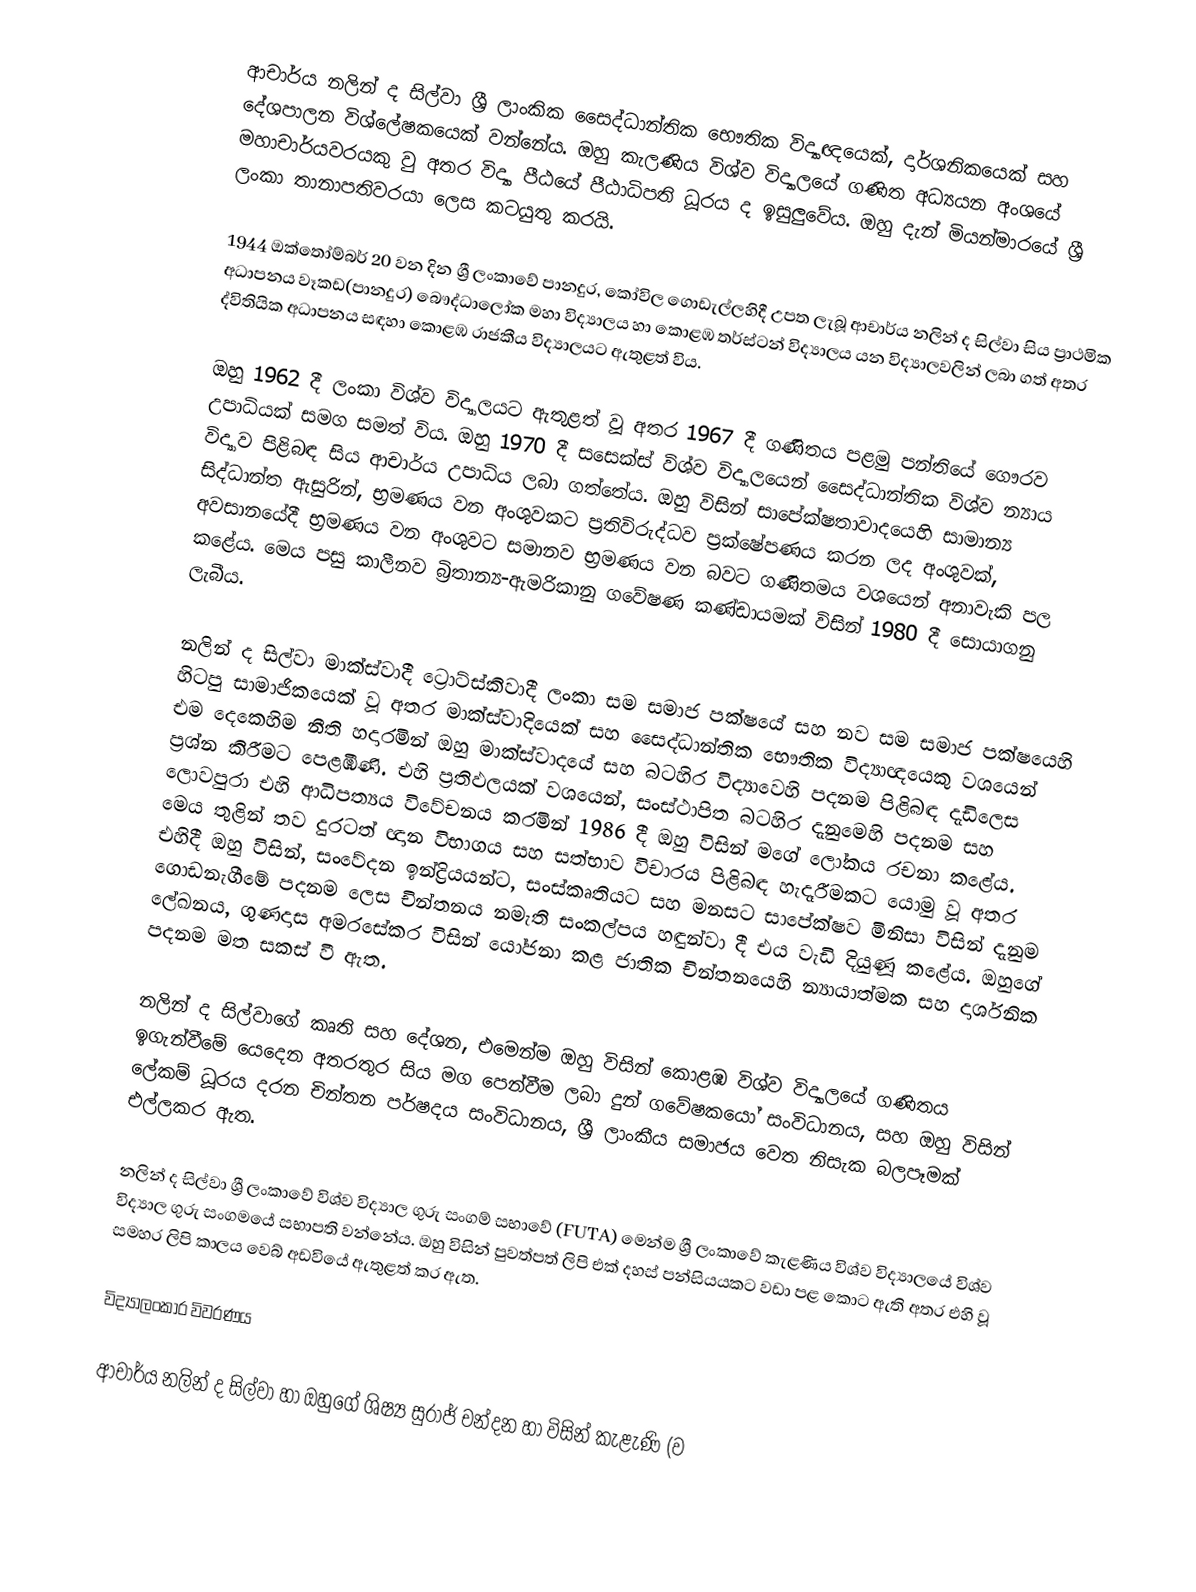
ආචාර්ය නලින් ද සිල්වා ශ්‍රී ලාංකික සෛද්ධාන්තික භෞතික විද්‍යාඥයෙක්, දාර්ශනිකයෙක් සහ දේශපාලන විශ්ලේෂකයෙක් වන්නේය. ඔහු කැලණිය විශ්ව විද්‍යාලයේ ගණිත අධ්‍යයන අංශයේ මහාචාර්යවරයකු වු අතර විද්‍යා පීඨයේ පීඨාධිපති ධූරය ද ඉසුලුවේය. ඔහු දැන් මියන්මාරයේ ශ්‍රී ලංකා තානාපතිවරයා ලෙස කටයුතු කරයි.

1944 ඔක්තෝම්බර් 20 වන දින ශ්‍රී ලංකාවේ පානදුර, කෝවිල ගොඩැල්ලහිදී උපත ලැබූ ආචාර්ය නලින් ද සිල්වා සිය ප්‍රාථමික අධාපනය වෑකඩ(පානදුර) බෞද්ධාලෝක මහා විද්‍යාලය හා කොළඹ තර්ස්ටන් විද්‍යාලය යන විද්‍යාලවලින් ලබා ගත් අතර ද්විතියික අධාපනය සඳහා කොළඹ රාජකීය විද්‍යාලයට ඇතුළත් විය.

ඔහු 1962 දී ලංකා විශ්ව විද්‍යාලයට ඇතුළත් වූ අතර 1967 දී ගණිතය පළමු පන්තියේ ‍ගෞරව උපාධියක් සමග සමත් විය. ඔහු 1970 දී සසෙක්ස් විශ්ව විද්‍යාලයෙන් සෛද්ධාන්තික විශ්ව න්‍යාය  විද්‍යාව පිළිබඳ සිය ආචාර්ය උපාධිය ලබා ගත්තේය. ඔහු විසින් සාපේක්ෂතාවාදයෙහි සාමාන්‍ය සිද්ධාන්ත ඇසුරින්, භ්‍රමණය වන අංශුවකට ප්‍රතිවිරුද්ධව ප්‍රක්ෂේපණය කරන ලද අංශුවක්, අවසානයේදී භ්‍රමණය වන අංශුවට සමානව භ්‍රමණය වන බවට ගණිතමය වශයෙන් අනාවැකි පල කළේය. මෙය පසු කාලීනව බ්‍රිතාන්‍ය-ඇමරිකානු ගවේෂණ කණ්ඩායමක් විසින් 1980 දී සොයාගනු ලැබීය.

නලින් ද සිල්වා මාක්ස්වාදී ට්‍රොට්ස්කිවාදී ලංකා සම සමාජ පක්ෂයේ සහ නව සම සමාජ පක්ෂයෙහි හිටපු සාමාජිකයෙක් වූ අතර මාක්ස්වාදියෙක් සහ සෛද්ධාන්තික භෞතික විද්‍යාඥයෙකු වශයෙන් එම දෙකෙහිම නීති හදාරමින් ඔහු මාක්ස්වාදයේ සහ බටහිර විද්‍යාවෙහි පදනම පිළිබඳ දැඩිලෙස ප්‍රශ්න කිරීමට පෙළඹිණි. එහි ප්‍රතිඵලයක් වශයෙන්, සංස්ථාපිත බටහිර දැනුමෙහි පදනම සහ ලොවපුරා එහි ආධිපත්‍යය විවේචනය කරමින් 1986 දී ඔහු විසින් මගේ ලෝකය රචනා කළේය. මෙය තුළින්  තව දුරටත් ඥාන විභාගය සහ සත්භාව විචාරය පිළිබඳ හැදෑරීමකට යොමු වූ අතර එහිදී ඔහු විසින්, සංවේදන ඉන්ද්‍රියයන්ට, සංස්කෘතියට සහ මනසට සාපේක්ෂව මිනිසා විසින් දැනුම ගොඩනැගීමේ පදනම ලෙස චින්තනය නමැති සංකල්පය හඳුන්වා දී එය වැඩි දියුණූ කළේය. ඔහුගේ ලේඛනය, ගුණදාස අමරසේකර විසින් යෝජනා කළ ජාතික චින්තනයෙහි න්‍යායාත්මක සහ දාර්ශනික පදනම මත සකස් වී ඇත.

නලින් ද සිල්වාගේ කෘති සහ දේශන, එමෙන්ම ඔහු විසින් කොළඹ විශ්ව විද්‍යාලයේ ගණිතය ඉගැන්වීමේ යෙදෙන අතරතුර සිය මග පෙන්වීම ලබා දුන් ගවේෂකයෝ සංවිධානය, සහ ඔහු විසින් ලේකම් ධූරය දරන චින්තන පර්ෂදය සංවිධානය, ශ්‍රී ලාංකීය සමාජය වෙත නිසැක බලපෑමක් එල්ලකර ඇත.

නලින් ද සිල්වා ශ්‍රී ලංකාවේ විශ්ව විද්‍යාල ගුරු සංගම් සභාවේ (FUTA) මෙන්ම ශ්‍රී ලංකාවේ කැළණිය විශ්ව විද්‍යාලයේ විශ්ව විද්‍යාල  ගුරු සංගමයේ සභාපති වන්නේය. ඔහු විසින් පුවත්පත් ලිපි එක් දහස් පන්සියයකට වඩා පළ කොට ඇති අතර එහි වූ සමහර ලිපි කාලය වෙබ් අඩවියේ ඇතුළත් කර ඇත.

විද්‍යාලංකාර විවරණය

ආචාර්ය නලින් ද සිල්වා හා ඔහුගේ ශිෂ්‍ය සුරාජ් චන්දන හා විසින් කැළැණි (ව